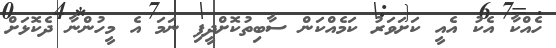
ހެއްކާ އެކު އެއީ ކަށަވަރު ކަމެއްކަން ސާބިތުކޮށްދީފި ނަމަ އެ މީހުންނާ ދެކޮޅަށް